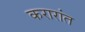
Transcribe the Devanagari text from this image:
करारांत